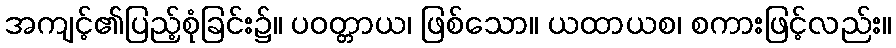
အကျင့်၏ပြည့်စုံခြင်း၌။ ပဝတ္တာယ၊ ဖြစ်သော။ ယထာယစ၊ စကားဖြင့်လည်း။